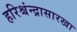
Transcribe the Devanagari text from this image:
हरिश्चंन्द्रासारखा